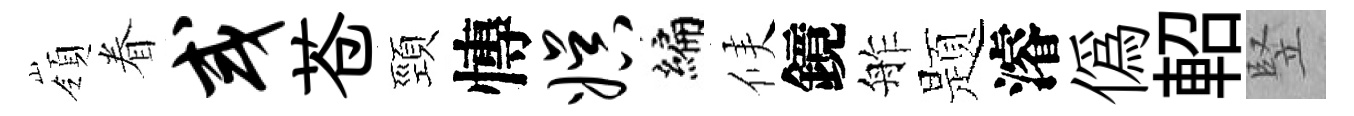
嶺眷或苍頸慱娱编候鏡舴题濬偽軺竪